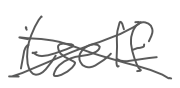
Text: itself
Cross-out: cross
Writing tool: digital_gray